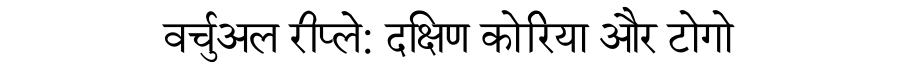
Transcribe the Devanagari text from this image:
वर्चुअल रीप्ले: दक्षिण कोरिया और टोगो